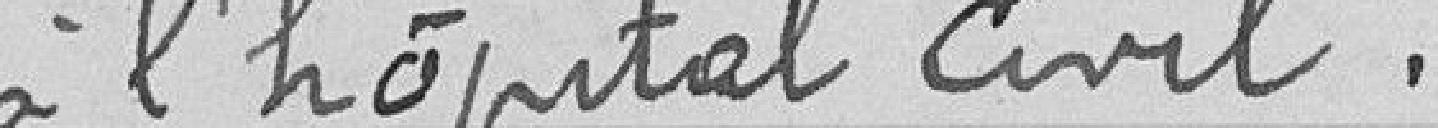
à l'hôpital civil